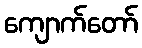
ကျောက်တော်